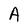
Character: A